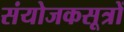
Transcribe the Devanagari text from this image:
संयोजकसूत्रों